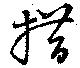
措